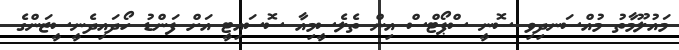
މައުލޫމާތު މުއްސަނދިވި ސޮނީ ސްޕޯޓްސް އިން ތެލެސީމިއާ ސޮސައިޓީ އަށް ފަންޑު ހޯދައިދެނީސީޒަންގެ